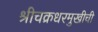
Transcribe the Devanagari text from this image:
श्रीचक्रधरमुखीची